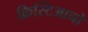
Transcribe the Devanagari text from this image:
क्रिस्टिआनो